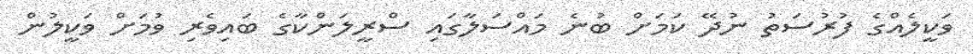
ވަކީލެއްގެ ފުރުސަތު ނުދޭ ކަމަށް ބުނެ މައްސަލާގައި ސްރީލަންކާގެ ބައިވެރި ވުމަށް ވަކީލުން